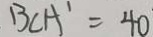
B C A ^ { \prime } = 4 0 ^ { \cdot }